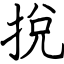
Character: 挩